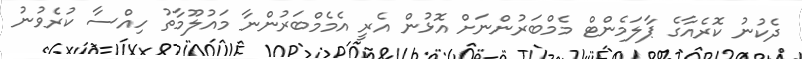
ދެކުނު ކޮރެއާގެ ޕާލަމެންޓް މެމްބަރުންނަށް އޮޅުން އެރީ އެމެމްބަރުންނާ މައުލޫމާތު ހިއްސާ ކުރެވުނު